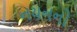
નયનનો